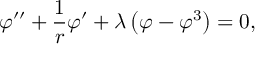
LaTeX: \varphi ^ { \prime \prime } + { \frac { 1 } { r } } \varphi ^ { \prime } + \lambda \left( \varphi - \varphi ^ { 3 } \right) = 0 ,